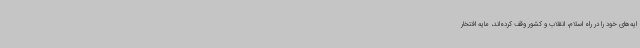
ایه‌های خود را در راه اسلام، انقلاب و کشور وقف کرده‌اند، مایه افتخار